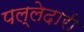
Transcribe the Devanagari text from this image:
पल्लेदारी